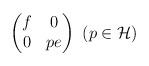
LaTeX: \begin{align*}\begin{pmatrix}f&0\\0&pe\end{pmatrix}\, \, (p\in\mathcal H)\end{align*}